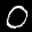
Label: 0